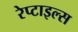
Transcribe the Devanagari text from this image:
रेप्टाइल्स